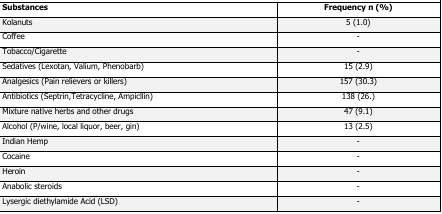
| Substances | Frequency n (%) |
 | --- | --- |
 | Kolanuts | 5 (1.0) |
 | Coffee | - |
 | Tobacco/Cigarette | - |
 | Sedatives (Lexotan, Valium, Phenobarb) | 15 (2.9) |
 | Analgesics (Pain relievers or killers) | 157 (30.3) |
 | Antibiotics (Septrin,Tetracycline, Ampicllin) | 138 (26.) |
 | Mixture native herbs and other drugs | 47 (9.1) |
 | Alcohol (P/wine, local liquor, beer, gin) | 13 (2.5) |
 | Indian Hemp | - |
 | Cocaine | - |
 | Heroin | - |
 | Anabolic steroids | - |
 | Lysergic diethylamide Acid (LSD) | - |